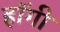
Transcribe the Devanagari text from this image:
हॉगी